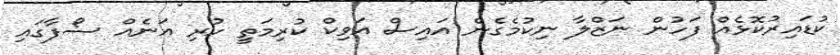
ކުޑައިރުކޮޅެއް ފަހުން ނަޒްލާ ނިކުމެގެން އައިސް އަވިކް ކުރިމަތީ ހުރި އަނެއް ސޯފާގައި